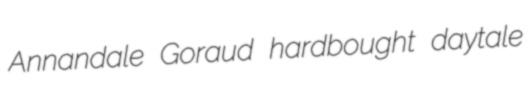
Annandale Goraud hardbought daytale